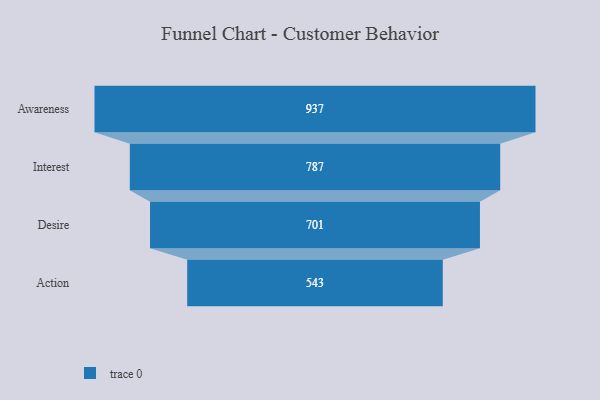
{"axis": {"x": "Stage", "y": "Value"}, "legend": [""], "data": [{"x": "Awareness", "y": 937.0, "type": ""}, {"x": "Interest", "y": 787.0, "type": ""}, {"x": "Desire", "y": 701.0, "type": ""}, {"x": "Action", "y": 543.0, "type": ""}]}